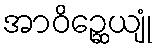
အာဝိဉ္ဆေယျုံ